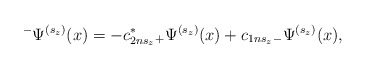
\begin{align*}^{-}\Psi ^{(s_z)}(x)=-c_{2ns_z}^{*}{}_{+}\Psi^{(s_z)}(x)+c_{1ns_z}{}_{-}\Psi ^{(s_z)}(x),\end{align*}